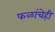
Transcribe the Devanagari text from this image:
फळांचेही